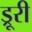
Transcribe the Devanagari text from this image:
ड्रूरी